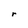
Character: r